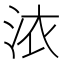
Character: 㳖